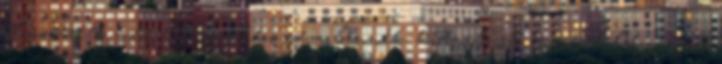
elismerlek, de helyedben nem lennék kitartást és sok boldogságot